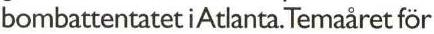
bombattentatet iAtlanta. Temaåret för